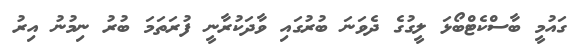
ގައުމީ ބާސްކެޓްބޯޅަ ލީގުގެ ދެވަނަ ބުރުގައި ވާދަކުރާނީ ފުރަތަމަ ބުރު ނިމުނު އިރު